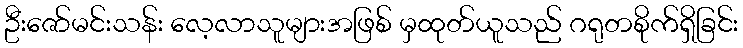
ဦးဇော်မင်းသန်း လေ့လာသူများအဖြစ် မှထုတ်ယူသည် ဂရုတစိုက်ရှိခြင်း